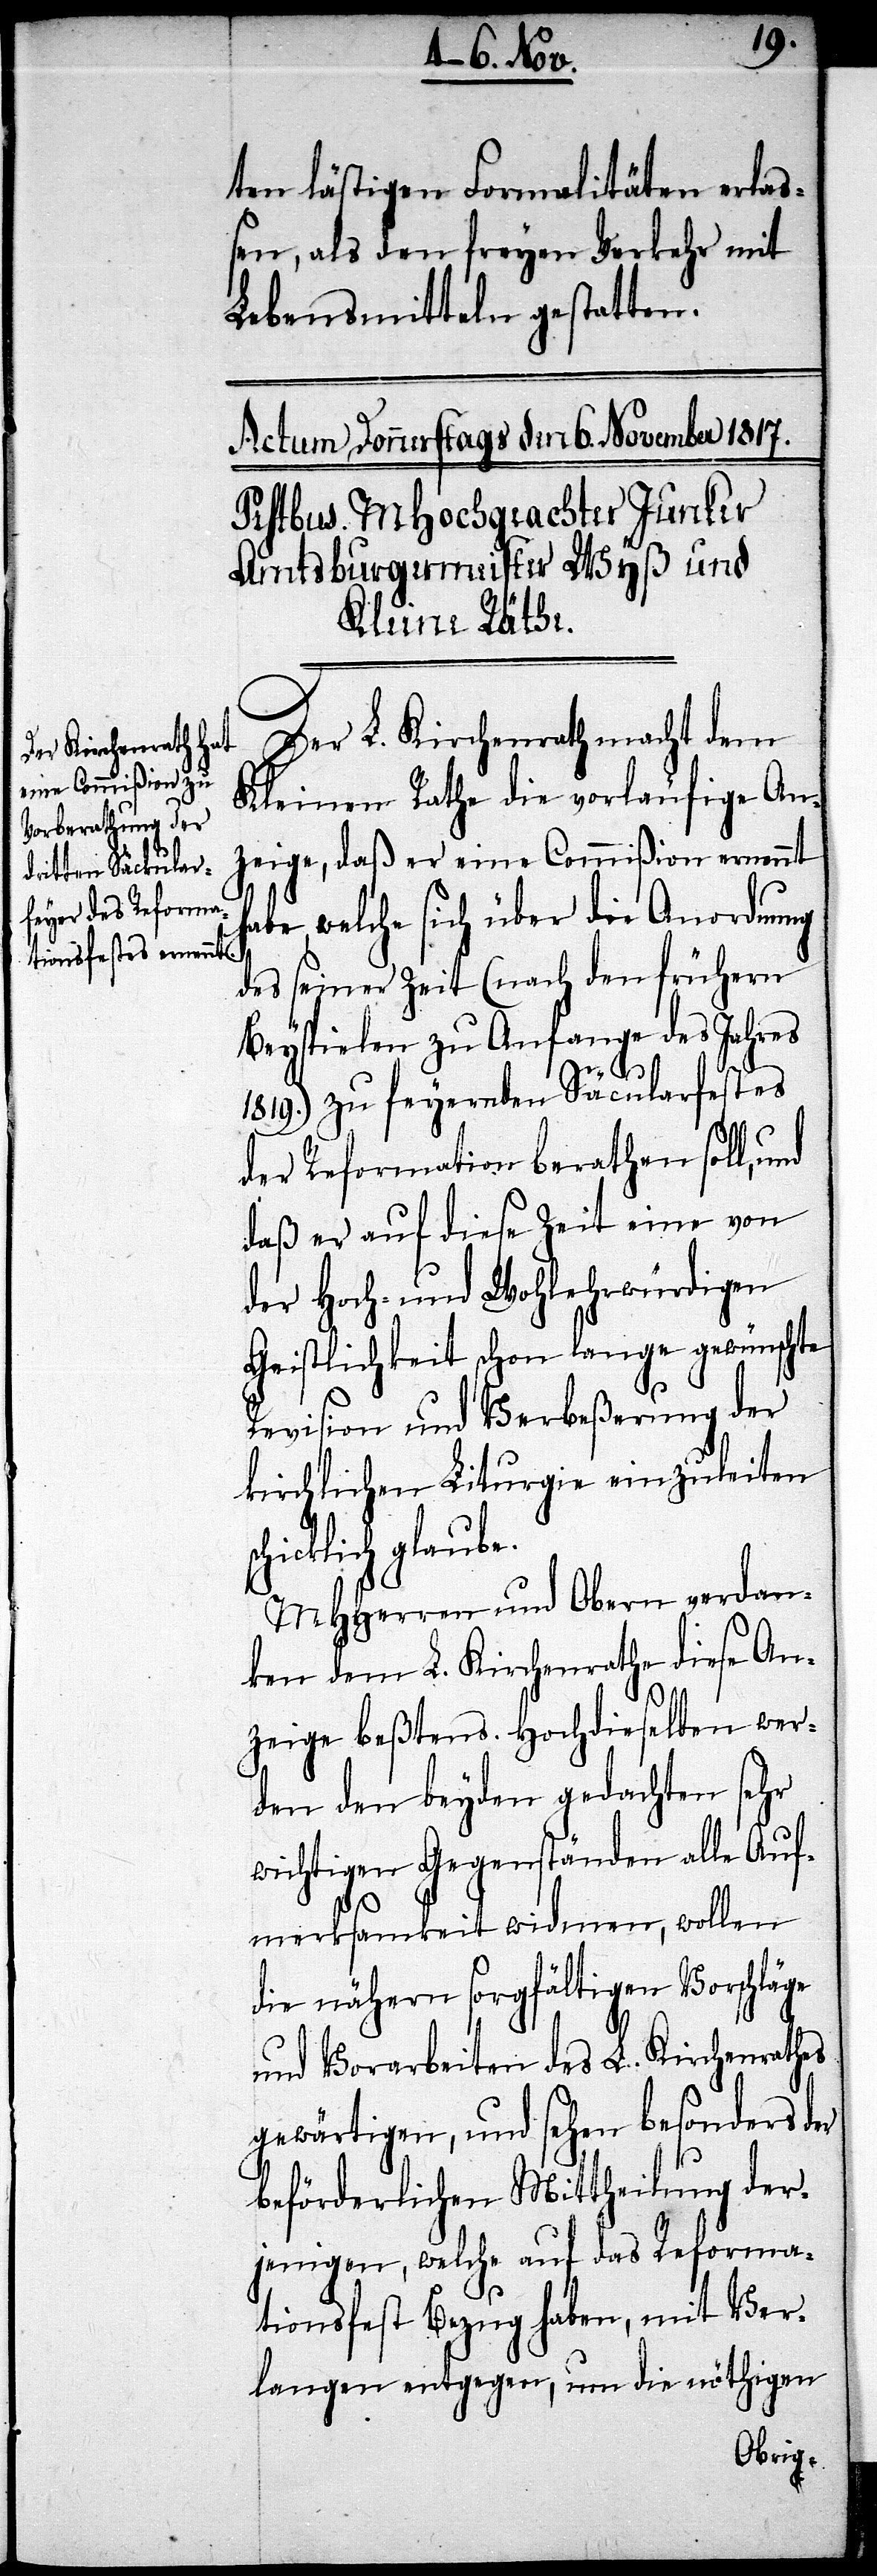
ten lästigen Formalitäten erlas¬
sen, als den freyen Verkehr mit
Lebensmitteln gestatten.
Der L. Kirchenrath macht dem
Kleinen Rathe die vorläufige An¬
zeige, daß er eine Commißion ernennt
abe, welche sich über die Anordnung
des seiner Zeit (nach den frühern
Beyspielen zu Anfange des Jahres
s¬
1819.) zu feyernden Säcularfestes
der Reformation berathen soll, und
daß er auf diese Zeit eine von
der Hoch- und Wohlehrwürdigen
Geistlichkeit schon lange gewünschte
Revision und Verbeßerung der
kirchlichen Liturgie einzuleiten
chicklich glaube.
MHHerren und Obern verdan¬
ken dem L. Kirchenrathe diese An¬
zeige beßtens. Hochdieselben wer¬
den den beyden gedachten sehr
wichtigen Gegenständen alle Auf¬
merksamkeit widmen, wollen
die nähern sorgfältigen Vorschläge
mit Vorarbeiten des L. Kirchenrathes
gewärtigen, und sehen besonders der
beförderlichen Mittheilung der¬
jenigen, welche auf das Reforma¬
tionsfest Bezug haben, mit Ver¬
langen entgegen, um die nöthigen